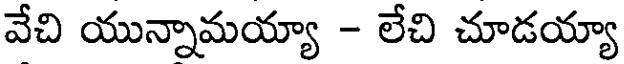
వేచి యున్నామయ్యా - లేచి చూడయ్యా